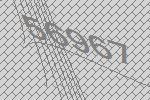
56967